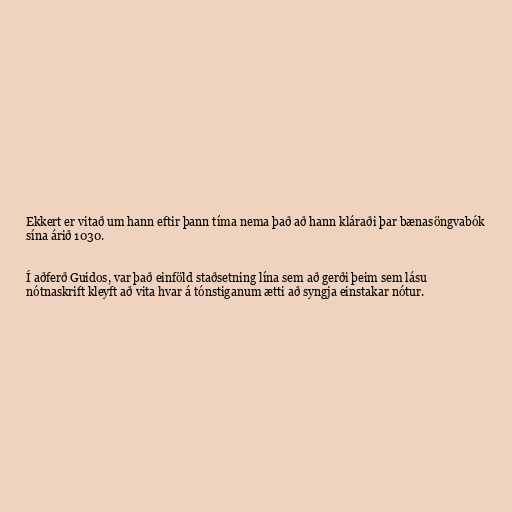
Ekkert er vitað um hann eftir þann tíma nema það að hann kláraði þar bænasöngvabók
sína árið 1030.

Í aðferð Guidos, var það einföld staðsetning lína sem að gerði þeim sem lásu
nótnaskrift kleyft að vita hvar á tónstiganum ætti að syngja einstakar nótur.